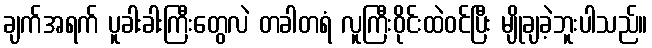
ချက်အရက် ပူခါးခါးကြီးတွေလဲ တခါတရံ လူကြီးဝိုင်းထဲဝင်ပြီး မျိုချခဲ့ဘူးပါသည်။